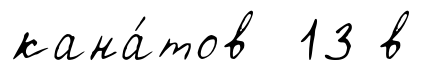
кана́тов 13 в